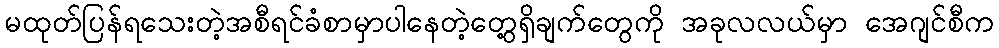
မထုတ်ပြန်ရသေးတဲ့အစီရင်ခံစာမှာပါနေတဲ့တွေ့ရှိချက်တွေကို အခုလလယ်မှာ အေဂျင်စီက